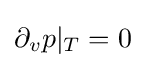
\partial _{v}p|_{T}=0